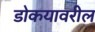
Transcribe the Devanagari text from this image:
डोकयावरील